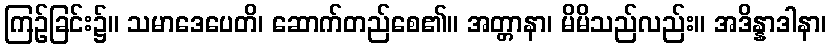
ကြဉ်ခြင်း၌။ သမာဒေပေတိ၊ ဆောက်တည်စေ၏။ အတ္တာနာ၊ မိမိသည်လည်း။ အဒိန္နာဒါနာ၊